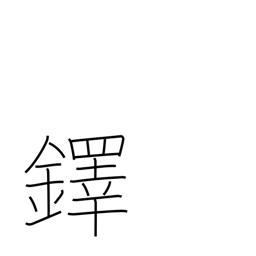
Meaning: large hand bell